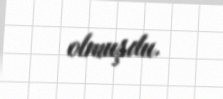
olmuşdu.